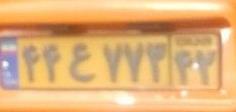
۴۴ع۷۷۳۴۲